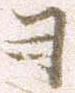
ヨ